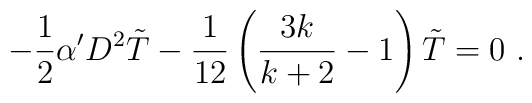
-\frac{1}{2} \alpha' D^2 \tilde{T} - \frac{1}{12}\left(\frac{3k}{k+2}-1\right) \tilde{T} = 0 ~.